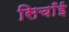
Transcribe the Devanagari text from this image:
सिचाँई